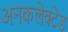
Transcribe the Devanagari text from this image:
अनकलेक्टेड